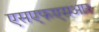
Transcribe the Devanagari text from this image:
एसएफएसआर